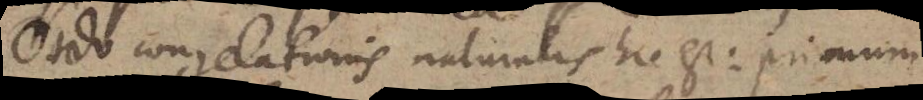
Ordo congelationis naturalis hic est: primum